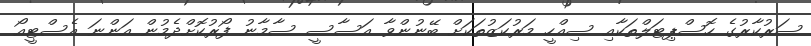
ސަރުކާރުގެ ހޮސްޕިޓަލްތަކާއި ސިއްހީ މަރުކަޒުތަކަށް ބޭނުންވާ އަސާސީ ސާމާނު ފޯރުކޮށްދެމުން އަންނަ އެސްޓީއޯ